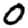
Digit: 0